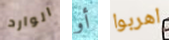
الوارد أو اهربوا